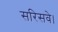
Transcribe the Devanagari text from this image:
सरिसवे।